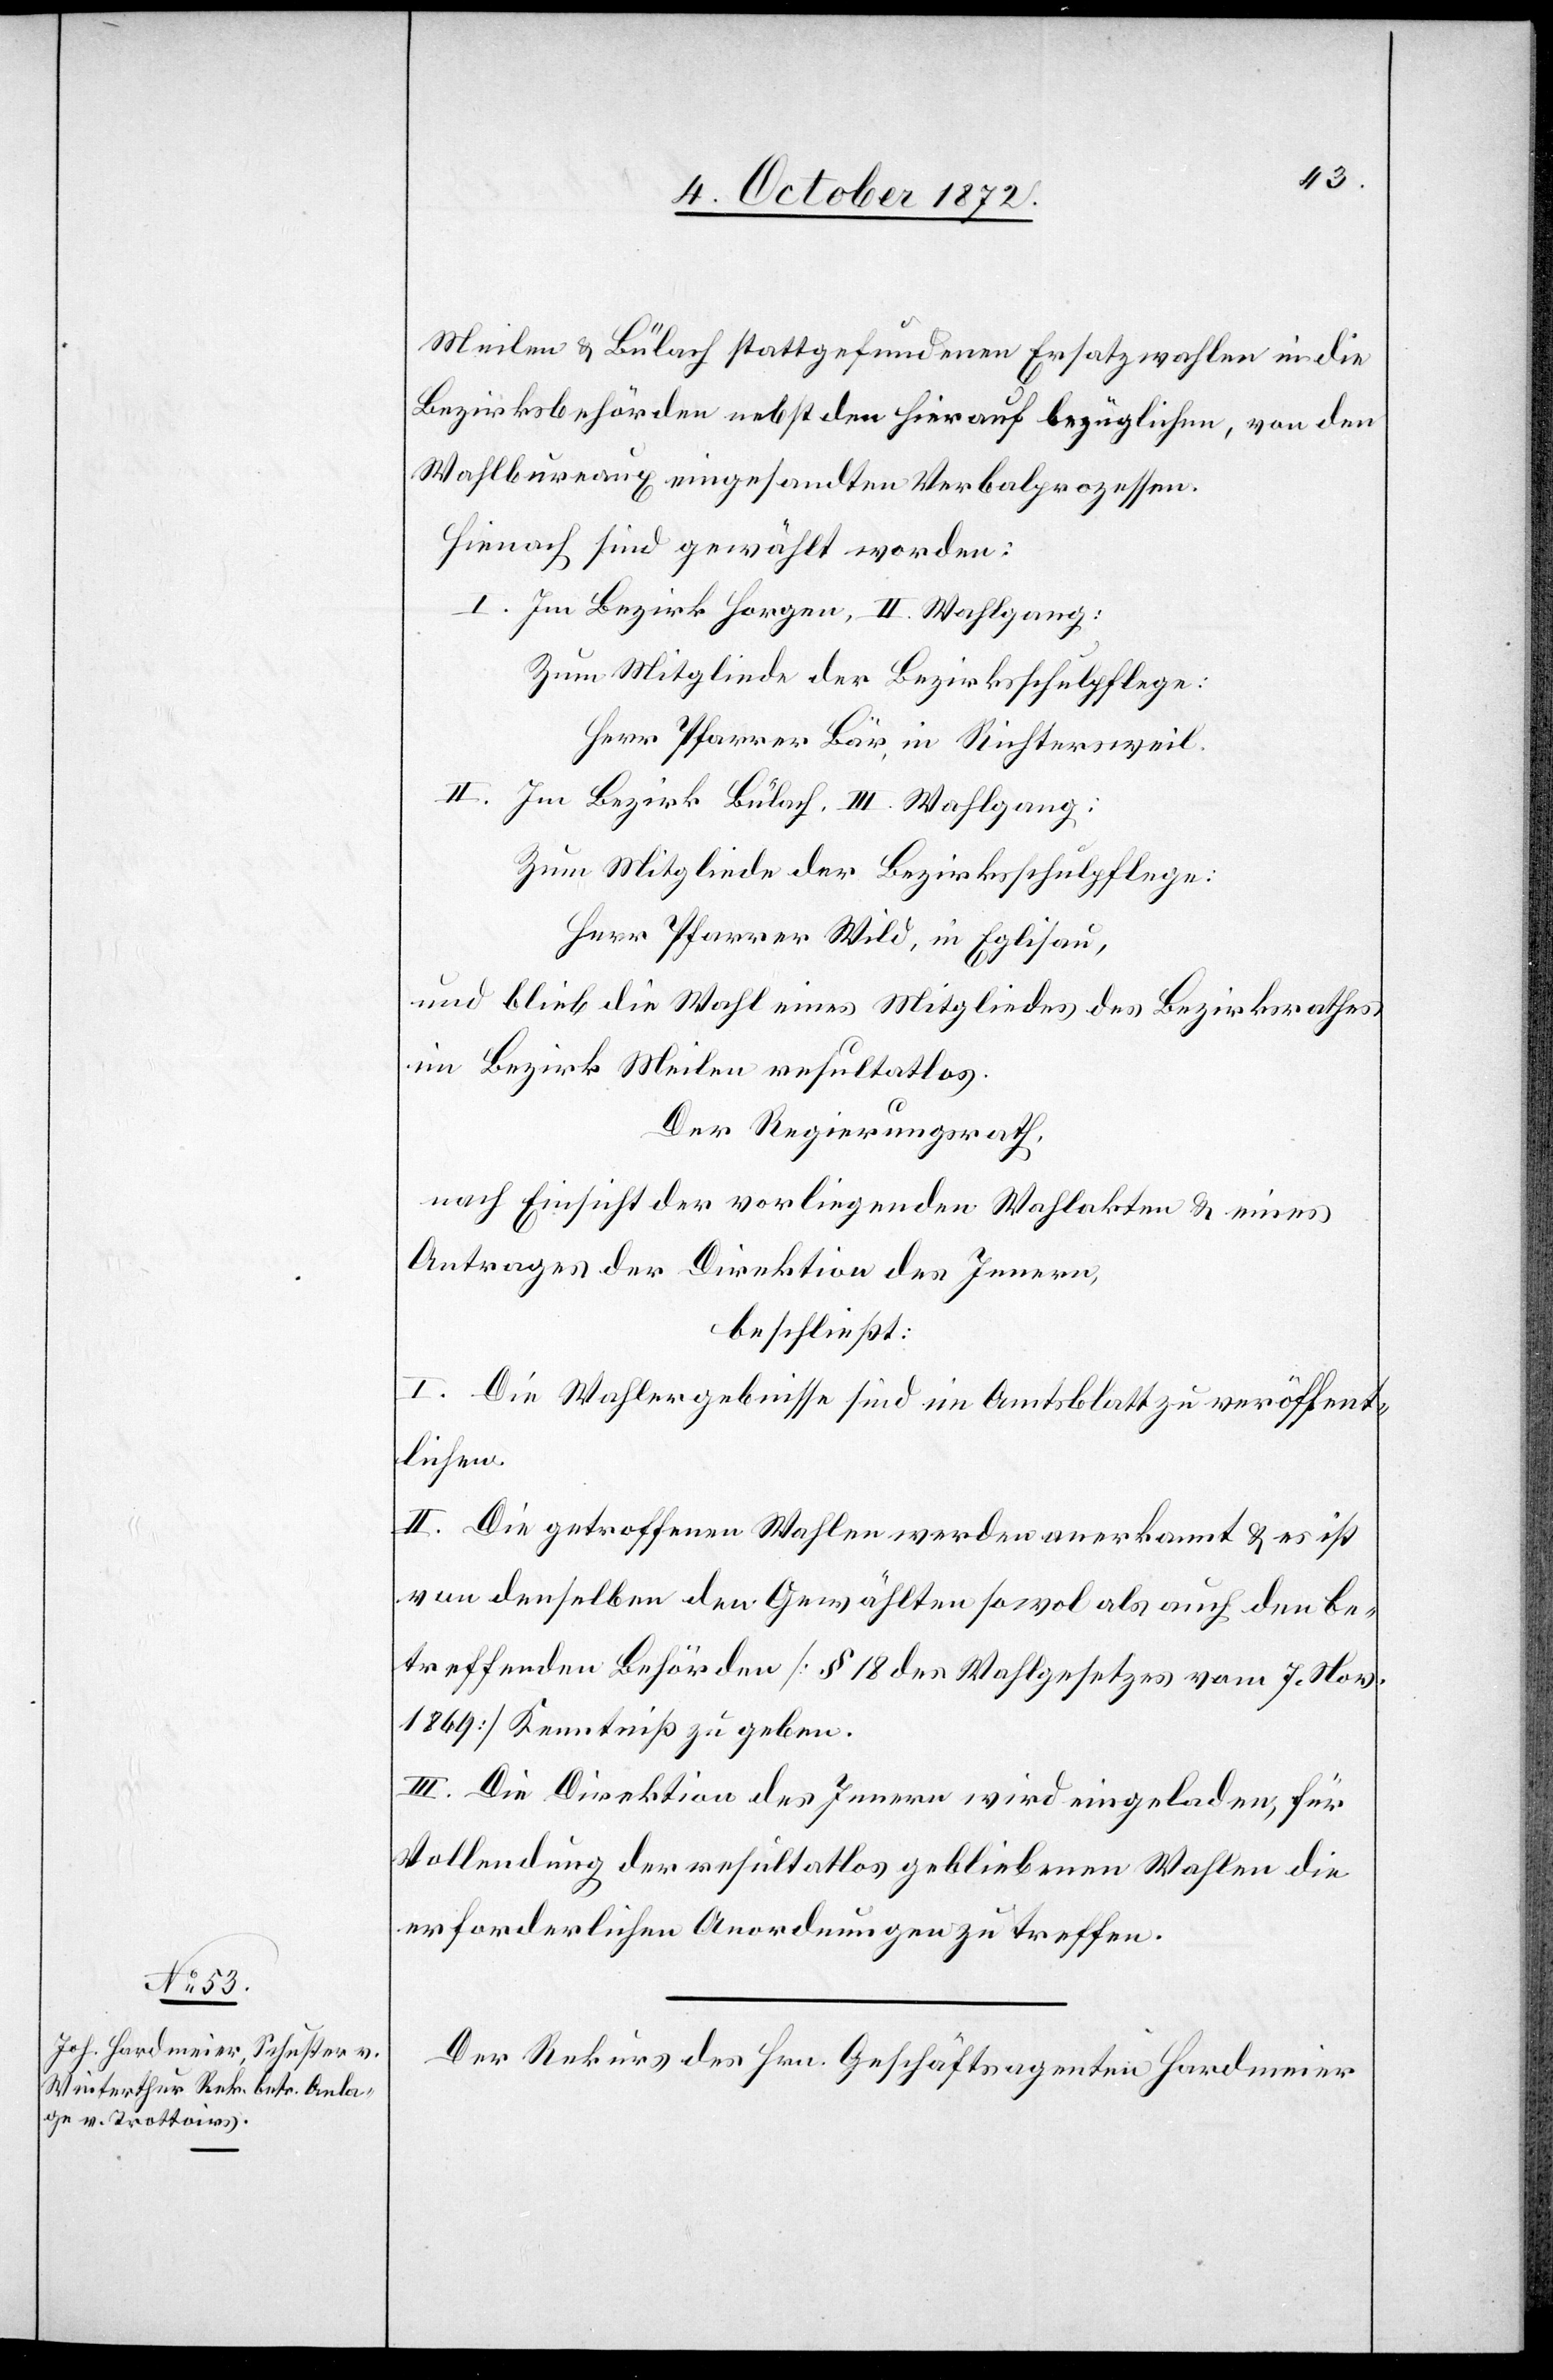
10. October 1872.]
Meilen u. Bülach stattgefundenen Ersatzwahlen in die
Bezirksbehörde nebst den hierauf bezüglichen, von den
Wahlbureaux eingesandten Verbalprozessen.
Hienach sind gewählt worden:
I. Im Bezirk Horgen, II. Wahlgang:
Zum Mitgliede der Bezirksschulpflege:
Herr Pfarrer Bär, in Richtersweil.
II. Im Bezirk Bülach, III. Wahlgang:
Zum Mitgliede der Bezirksschulpflege:
Herr Pfarrer Wild, in Eglisau,
und blieb die Wahl eines Mitgliedes des Bezirksrathes
im Bezirk Meilen resultatlos.
Der Regierungsrath,
nach Einsicht der vorliegenden Wahlakten u. eines
Antrages der Direktion des Innern,
beschließt:
I. Die Wahlergebnisse sind im Amtsblatt zu veröffent¬
lichen.
II. Die getroffenen Wahlen werden anerkannt u. es ist
von denselben den Gewählten sowol als auch den be¬
treffenden Behörden [§ 18 des Wahlgesetzes vom 7. Nov.
1869] Kenntniß zu geben.
III. Die Direktion des Innern wird eingeladen, für
Vollendung der resultatlos gebliebenen Wahlen die
erforderlichen Anordnungen zu treffen.
Der Rekurs des Hrn. Geschäftsagenten Hardmeier